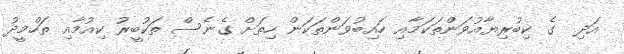
އަދި  ގެ ކިބުރިޔާއުވަންތަކަމާއި ހައިބުވަންތަކަން ހިތަށް ގެނެސް ތަކުބީރު ކިއުމާއި ތަހްމީދު